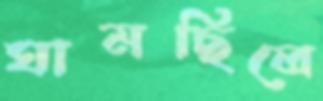
ঘামছিলে